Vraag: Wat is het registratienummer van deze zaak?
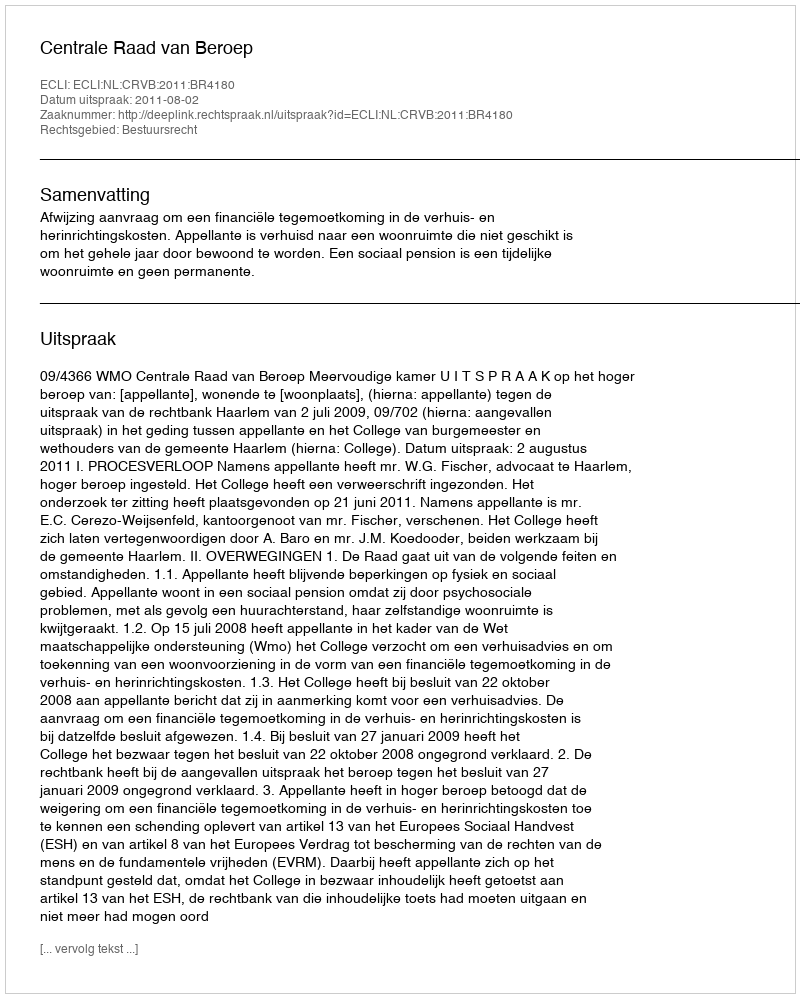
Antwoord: http://deeplink.rechtspraak.nl/uitspraak?id=ECLI:NL:CRVB:2011:BR4180